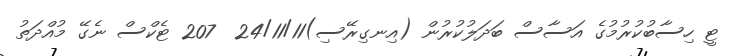
ޓީ ހިސާބުކުރުމުގެ އަސާސް ބަދަލުކުރުން (އިނގިރޭސި)24/11/11  207 ޓެކްސް ނެގޭ މުއްދަތު